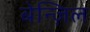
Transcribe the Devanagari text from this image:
बेन्ज़िल